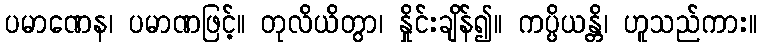
ပမာဏေန၊ ပမာဏဖြင့်။ တုလိယိတွာ၊ နှိုင်းချိန်၍။ ကပ္ပိယန္တိ၊ ဟူသည်ကား။